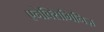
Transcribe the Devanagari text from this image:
एनेक्सिमिनिज़